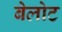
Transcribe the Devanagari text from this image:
बेलोट